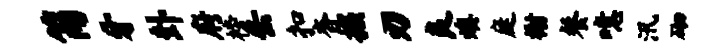
简牙卦府榜缶扣杳掘刃良燠庭榭餐噫汛砌